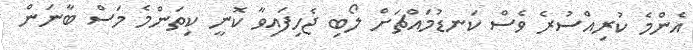
އެންމެ ކުރިއްސުރެ ވެސް ކަނޑުމައްޗަށް ލޯބި ޖެހިފައިވާ ކޮނީ ކިތަންމެ މަސް ބާނަން